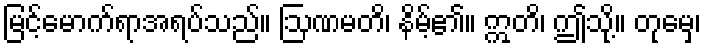
မြင့်မောက်ရာအရပ်သည်။ ဩဏမတိ၊ နိမ့်၏။ ဣတိ၊ ဤသို့။ တုမှေ၊